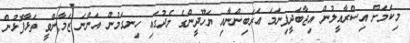
މިކަމަށް އިސްރާއީލުން އިޖާބަދީފިނަމަ ޢަރަބިންނާއި ޔަހޫދީންގެ މެދުގައި ހިނގަމުން އަންނަ ޒަމާންވީ ތަޅާފޮޅުން